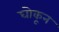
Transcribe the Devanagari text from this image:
घोकून